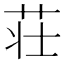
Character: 荘